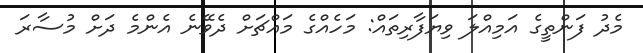
މެދު ފަންތީގެ އަމިއްލަ ވިޔަފާރިތައް: މަހެއްގެ މައްޗަށް ދެވޭނެ އެންމެ ދަށް މުސާރަ